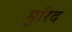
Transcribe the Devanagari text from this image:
मुरिद